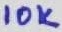
Text: 10K